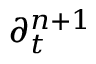
\partial _ { t } ^ { n + 1 }